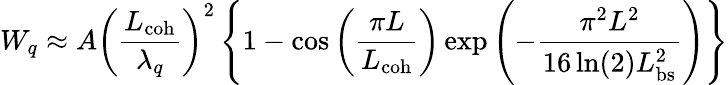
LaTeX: W_{q}\approx A\left(\frac{L_{\mathrm{coh}}}{\lambda_{q}}\right)^{2}\left\{ 1-\cos\left(\frac{\pi L}{L_{\mathrm{coh}}}\right)\exp\left(-\frac{\pi^{2}L^{2}}{16\ln(2)L_{\mathrm{bs}}^{2}}\right)\right\}